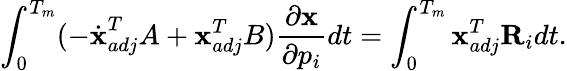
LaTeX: \int_{0}^{T_{m}}(-\dot{\textbf{x}}_{adj}^{T}A+\textbf{x}_{adj}^{T}B)\frac{\partial\textbf{x}}{\partial p_{i}}dt=\int_{0}^{T_{m}}\textbf{x}_{adj}^{T}\textbf{R}_{i}dt.